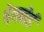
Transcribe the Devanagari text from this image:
पेगबोर्ड